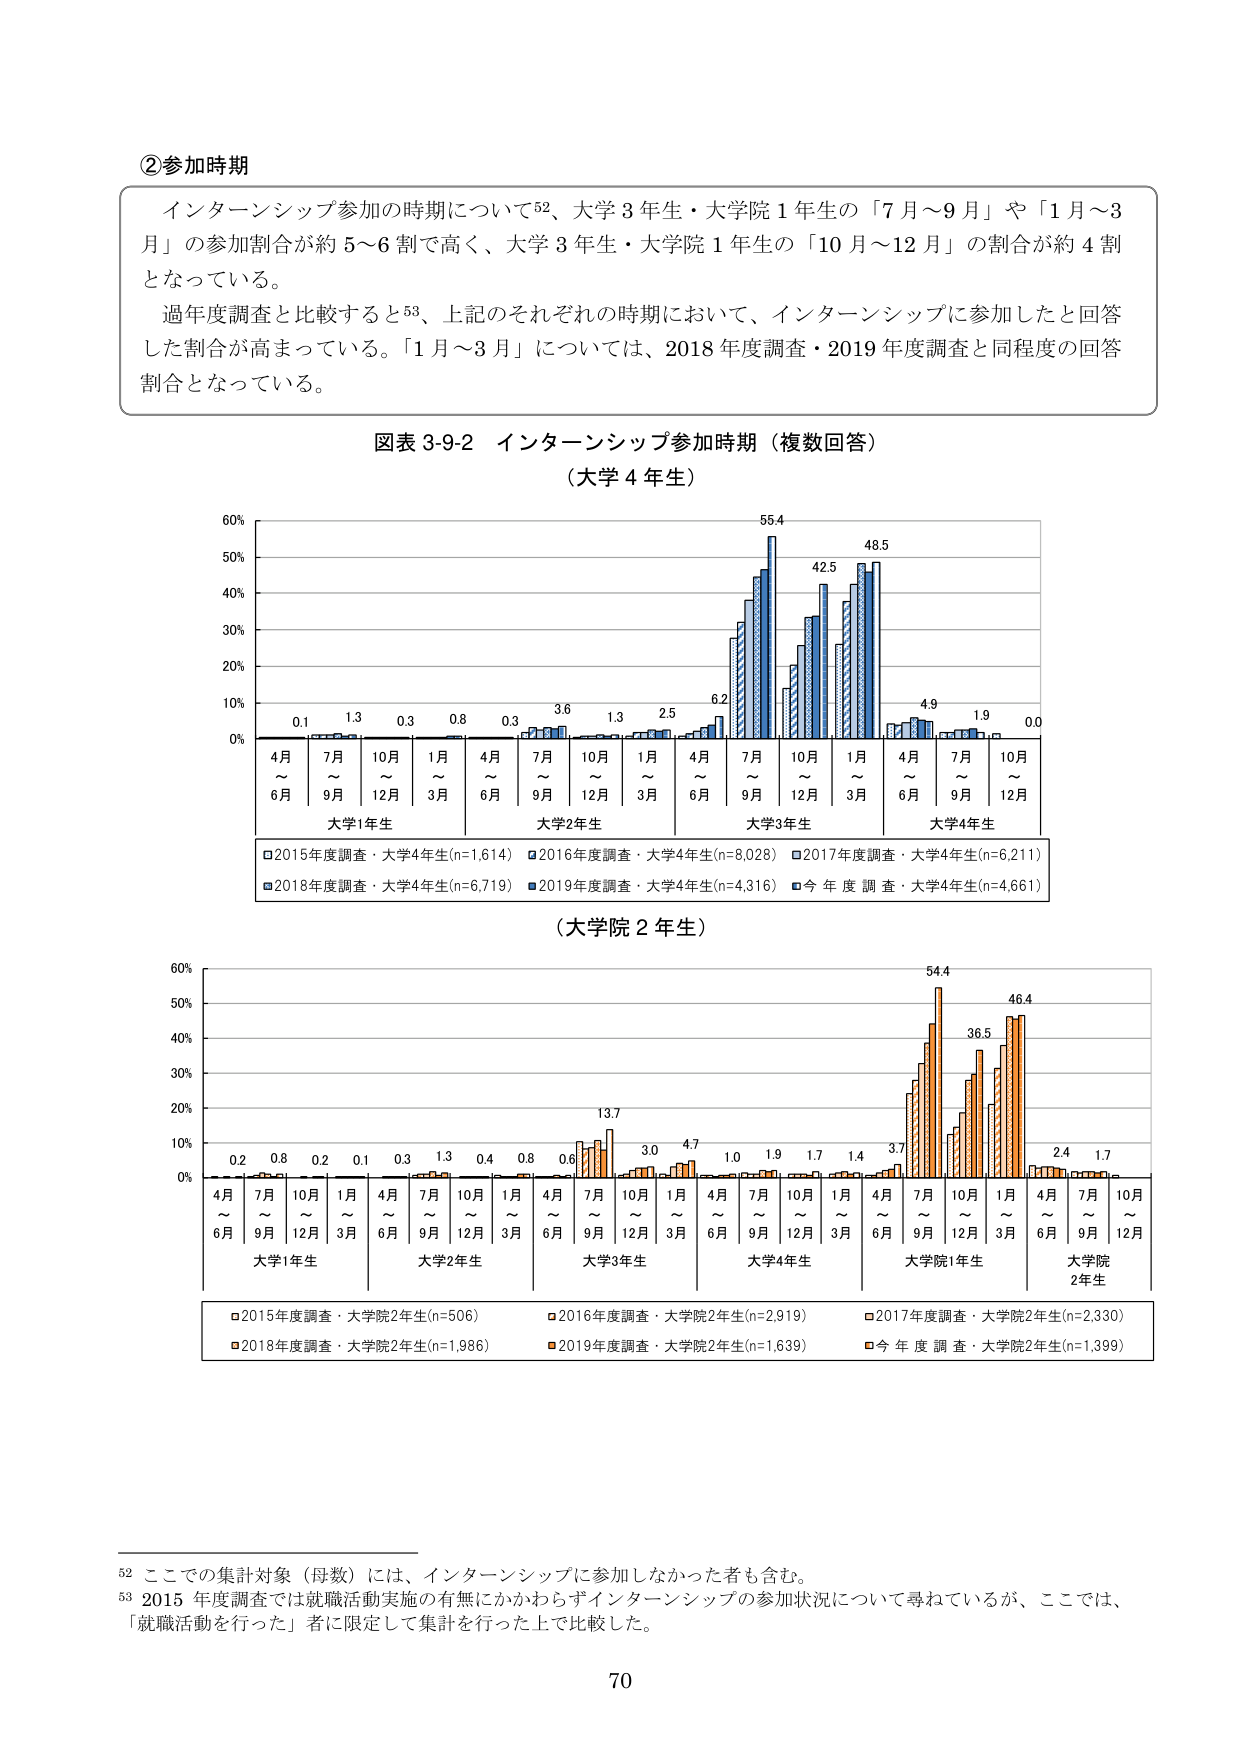
②参加時期

インターンシップ参加の時期について52、大学3年生・大学院1年生の「7月～9月」や「1月～3月」の参加割合が約5～6割で高く、大学3年生・大学院1年生の「10月～12月」の割合が約4割となっている。

過年度調査と比較すると53、上記のそれぞれの時期において、インターンシップに参加したと回答した割合が高まっている。「1月～3月」については、2018年度調査・2019年度調査と同程度の回答割合となっている。

図表3-9-2 インターンシップ参加時期（複数回答）
（大学4年生）

0.1 1.3 0.3 0.8 0.3 3.6 1.3 2.5 6.2 55.4 42.5 48.5 4.9 1.9 0.0
4月～6月 7月～9月 10月～12月 1月～3月 4月～6月 7月～9月 10月～12月 1月～3月 4月～6月 7月～9月 10月～12月 1月～3月 4月～6月 7月～9月 10月～12月
大学1年生 大学2年生 大学3年生 大学4年生

□2015年度調査・大学4年生(n=1,614) ■2016年度調査・大学4年生(n=8,028) □2017年度調査・大学4年生(n=6,211)
■2018年度調査・大学4年生(n=6,719) ■2019年度調査・大学4年生(n=4,316) ■今 年 度 調 査・大学4年生(n=4,661)

（大学院2年生）

0.2 0.8 0.2 0.1 0.3 1.3 0.4 0.8 0.6 13.7 3.0 4.7 1.0 1.9 1.7 1.4 3.7 54.4 36.5 46.4 2.4 1.7
4月～6月 7月～9月 10月～12月 1月～3月 4月～6月 7月～9月 10月～12月 1月～3月 4月～6月 7月～9月 10月～12月 1月～3月 4月～6月 7月～9月 10月～12月 1月～3月 4月～6月 7月～9月 10月～12月 1月～3月 4月～6月 7月～9月 10月～12月
大学1年生 大学2年生 大学3年生 大学4年生 大学院1年生 大学院2年生

□2015年度調査・大学院2年生(n=506) ■2016年度調査・大学院2年生(n=2,919) □2017年度調査・大学院2年生(n=2,330)
■2018年度調査・大学院2年生(n=1,986) ■2019年度調査・大学院2年生(n=1,639) ■今 年 度 調 査・大学院2年生(n=1,399)

52 ここでの集計対象（母数）には、インターンシップに参加しなかった者も含む。
53 2015年度調査では就職活動実施の有無にかかわらずインターンシップの参加状況について尋ねているが、ここでは、「就職活動を行った」者に限定して集計を行った上で比較した。

70